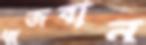
ধ্বজবান